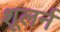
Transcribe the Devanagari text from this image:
शूलर्न